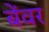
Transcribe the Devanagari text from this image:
बेंवर